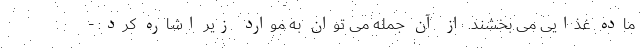
ماده غذایی می بخشند. از آن جمله می توان به موارد زیر اشاره کرد: -